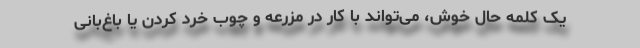
یک کلمه حال خوش، می‌تواند با کار در مزرعه و چوب خرد کردن یا باغ‌بانی